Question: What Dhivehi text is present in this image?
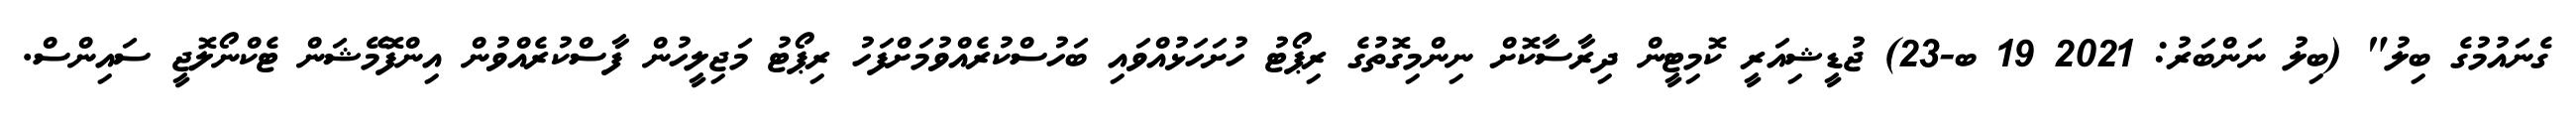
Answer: ގެނައުމުގެ ބިލު" (ބިލު ނަންބަރު: 2021 19 ބ-23) ޖުޑީޝިއަރީ ކޮމިޓީން ދިރާސާކޮށް ނިންމިގޮތުގެ ރިޕޯޓު ހުށަހަޅުއްވައި ބަހުސްކުރެއްވުމަށްފަހު ރިޕޯޓު މަޖިލީހުން ފާސްކުރެއްވުން އިންފޮމޭޝަން ޓެކްނޯލޮޖީ ސައިންސް.